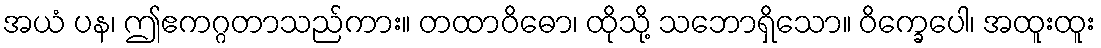
အယံ ပန၊ ဤဧကဂ္ဂတာသည်ကား။ တထာဝိဓော၊ ထိုသို့ သဘောရှိသော။ ဝိက္ခေပေါ၊ အထူးထူး